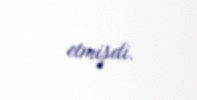
etmişdi.